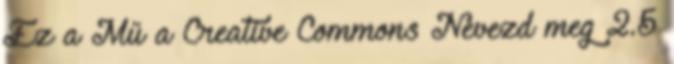
Ez a Mű a Creative Commons Nevezd meg 2.5